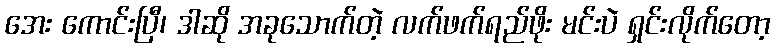
အေး ကောင်းပြီ၊ ဒါဆို အခုသောက်တဲ့ လက်ဖက်ရည်ဖိုး မင်းပဲ ရှင်းလိုက်တော့